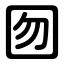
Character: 囫